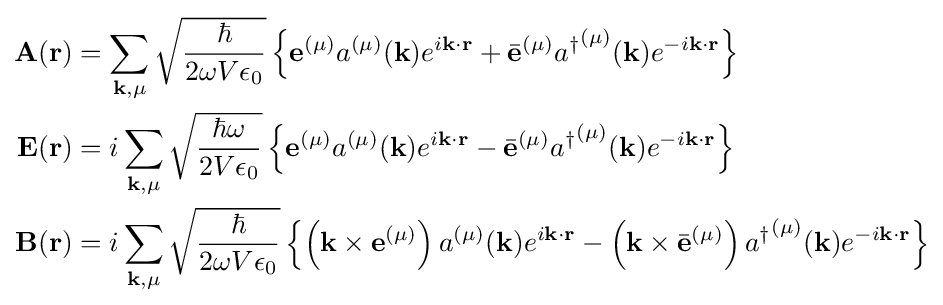
{\begin{aligned}\mathbf {A} (\mathbf {r} )&=\sum _{\mathbf {k} ,\mu }{\sqrt {\frac {\hbar }{2\omega V\epsilon _{0}}}}\left\{\mathbf {e} ^{(\mu )}a^{(\mu )}(\mathbf {k} )e^{i\mathbf {k} \cdot \mathbf {r} }+{\bar {\mathbf {e} }}^{(\mu )}{a^{\dagger }}^{(\mu )}(\mathbf {k} )e^{-i\mathbf {k} \cdot \mathbf {r} }\right\}\\\mathbf {E} (\mathbf {r} )&=i\sum _{\mathbf {k} ,\mu }{\sqrt {\frac {\hbar \omega }{2V\epsilon _{0}}}}\left\{\mathbf {e} ^{(\mu )}a^{(\mu )}(\mathbf {k} )e^{i\mathbf {k} \cdot \mathbf {r} }-{\bar {\mathbf {e} }}^{(\mu )}{a^{\dagger }}^{(\mu )}(\mathbf {k} )e^{-i\mathbf {k} \cdot \mathbf {r} }\right\}\\\mathbf {B} (\mathbf {r} )&=i\sum _{\mathbf {k} ,\mu }{\sqrt {\frac {\hbar }{2\omega V\epsilon _{0}}}}\left\{\left(\mathbf {k} \times \mathbf {e} ^{(\mu )}\right)a^{(\mu )}(\mathbf {k} )e^{i\mathbf {k} \cdot \mathbf {r} }-\left(\mathbf {k} \times {\bar {\mathbf {e} }}^{(\mu )}\right){a^{\dagger }}^{(\mu )}(\mathbf {k} )e^{-i\mathbf {k} \cdot \mathbf {r} }\right\}\end{aligned}}